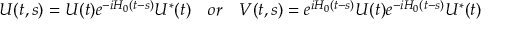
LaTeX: U ( t , s ) = U ( t ) e ^ { - i H _ { 0 } ( t - s ) } U ^ { * } ( t ) \quad o r \quad V ( t , s ) = e ^ { i H _ { 0 } ( t - s ) } U ( t ) e ^ { - i H _ { 0 } ( t - s ) } U ^ { * } ( t )